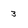
Character: 3